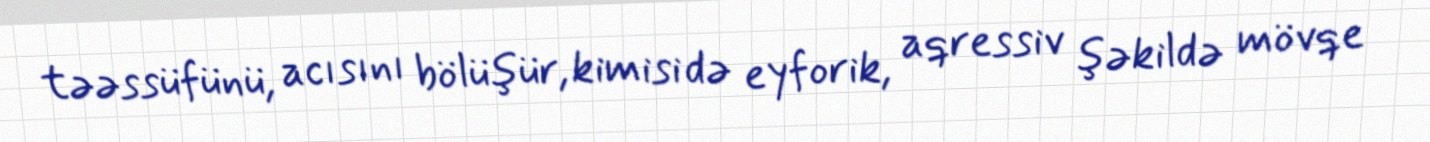
təəssüfünü, acısını bölüşür, kimisi də eyforik, aqressiv şəkildə mövqe